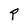
Character: p